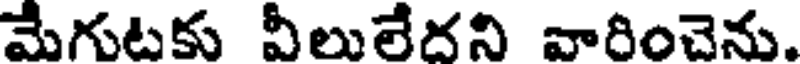
మేగుటకు వీలులేదని వారించెను.